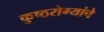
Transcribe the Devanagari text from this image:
कुष्ठरोग्यांचे